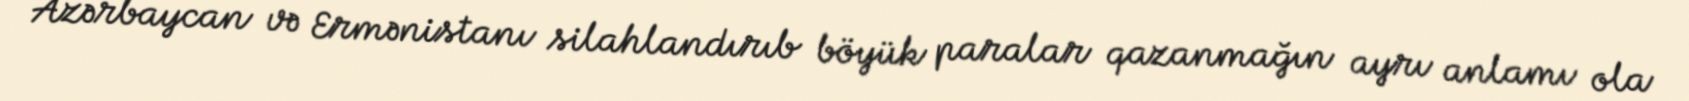
Azərbaycan və Ermənistanı silahlandırıb böyük paralar qazanmağın ayrı anlamı ola